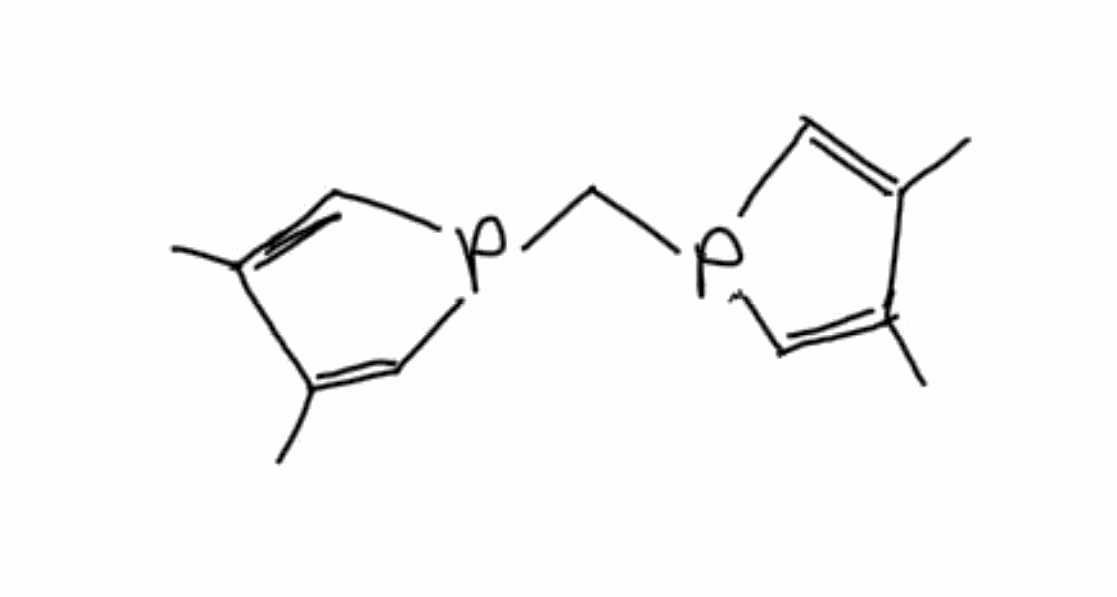
Simplified molecular-input line-entry system (SMILES) notation of the given molecule:
CC1=CP(C=C1C)CP2C=C(C(=C2)C)C